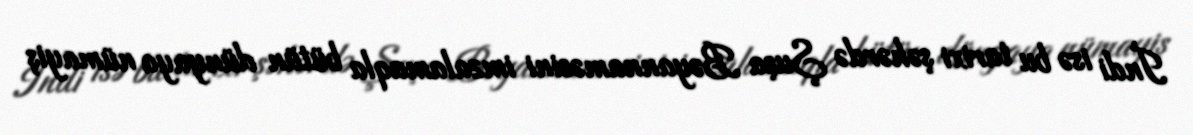
İndi isə bu tarixi şəhərdə Şuşa Bəyannaməsini imzalamaqla bütün dünyaya nümayiş